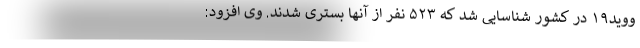
ووید۱۹ در کشور شناسایی شد که ۵۲۳ نفر از آنها بستری شدند. وی افزود: